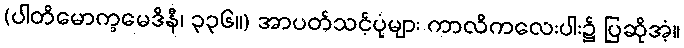
(ပါတိမောက္ခမေဒိနီ၊ ၃၃၆။) အာပတ်သင့်ပုံများ ကာလိကလေးပါး၌ ပြဆိုအံ့။